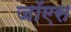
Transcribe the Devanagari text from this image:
जॉएस